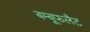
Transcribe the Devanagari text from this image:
बम्बूफलैट